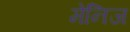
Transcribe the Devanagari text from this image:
मेनिज